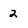
Character: 2